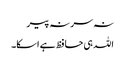
نہ سر نہ پیر
اللہ ہی حافظ ہے اسکا۔